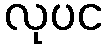
လုပင